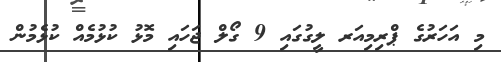
މި އަހަރުގެ ޕްރިމިއަރ ލީގުގައި 9 ގޯލް ޖަހައި މޮޅު ކުޅުމެއް ކުޅެމުން